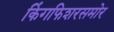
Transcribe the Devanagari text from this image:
किंगफिशरसमोर